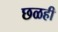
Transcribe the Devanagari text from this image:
छळही